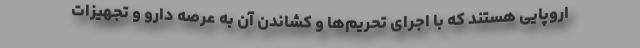
اروپایی هستند که با اجرای تحریم‌ها و کشاندن آن به عرصه دارو و تجهیزات